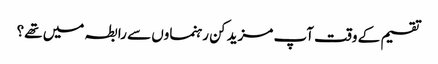
تقسیم کے وقت آپ مزید کن رہنماوں سے رابطہ میں تھے؟